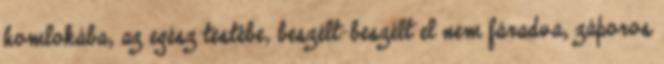
homlokába, az egész testébe, beszélt-beszélt el nem fáradva, záporos